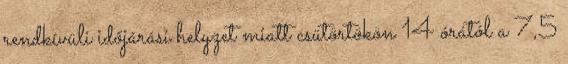
rendkívüli időjárási helyzet miatt csütörtökön 14 órától a 7,5